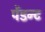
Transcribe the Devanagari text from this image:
पेंडन्ट